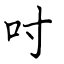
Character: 吋